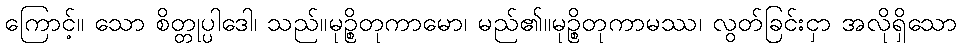
ကြောင့်။ သော စိတ္တုပ္ပါဒေါ၊ သည်။မုဉ္စိတုကာမော၊ မည်၏။မုဉ္စိတုကာမဿ၊ လွတ်ခြင်းငှာ အလိုရှိသော